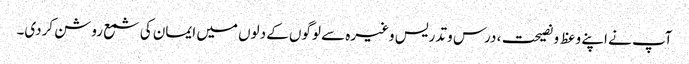
آپ نے اپنے وعظ و نصیحت، درس و تدریس وغیرہ سے لوگوں کے دلوں میں ایمان کی شمع روشن کردی۔